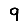
Digit: 9